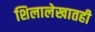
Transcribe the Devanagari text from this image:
शिलालेखातही